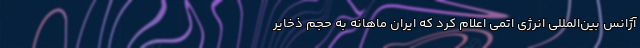
آژانس بین‌المللی انرژی اتمی اعلام کرد که ایران ماهانه به حجم ذخایر